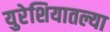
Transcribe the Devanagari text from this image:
युरेशियातल्या